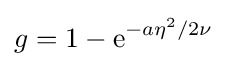
g=1-\mathrm {e} ^{-a\eta ^{2}/2\nu }